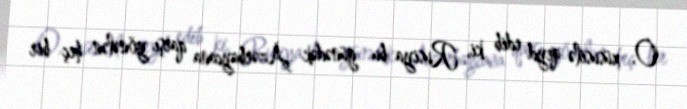
O, xüsusilə qeyd edib ki, Rusiya bu günədək Azərbaycana qarşı yönələn heç bir